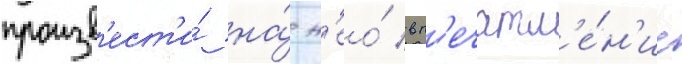
произв'ест'и́ на́ н'ео́ вп'ечатл'е́н'ие